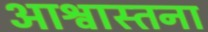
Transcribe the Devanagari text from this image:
आश्वास्तना